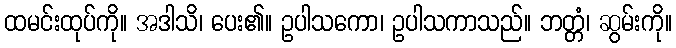
ထမင်းထုပ်ကို။ အဒါသိ၊ ပေး၏။ ဥပါသကော၊ ဥပါသကာသည်။ ဘတ္တံ၊ ဆွမ်းကို။